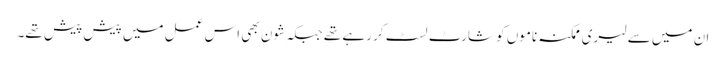
ان میں سے لیری ممکنہ ناموں کو شارٹ لسٹ کر رہے تھے جبکہ شون بھی اس عمل میں پیش پیش تھے۔